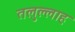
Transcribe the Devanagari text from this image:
तलुल्लाह